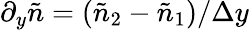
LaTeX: \partial_{y}\tilde{n}=(\tilde{n}_{2}-\tilde{n}_{1})/\Delta y